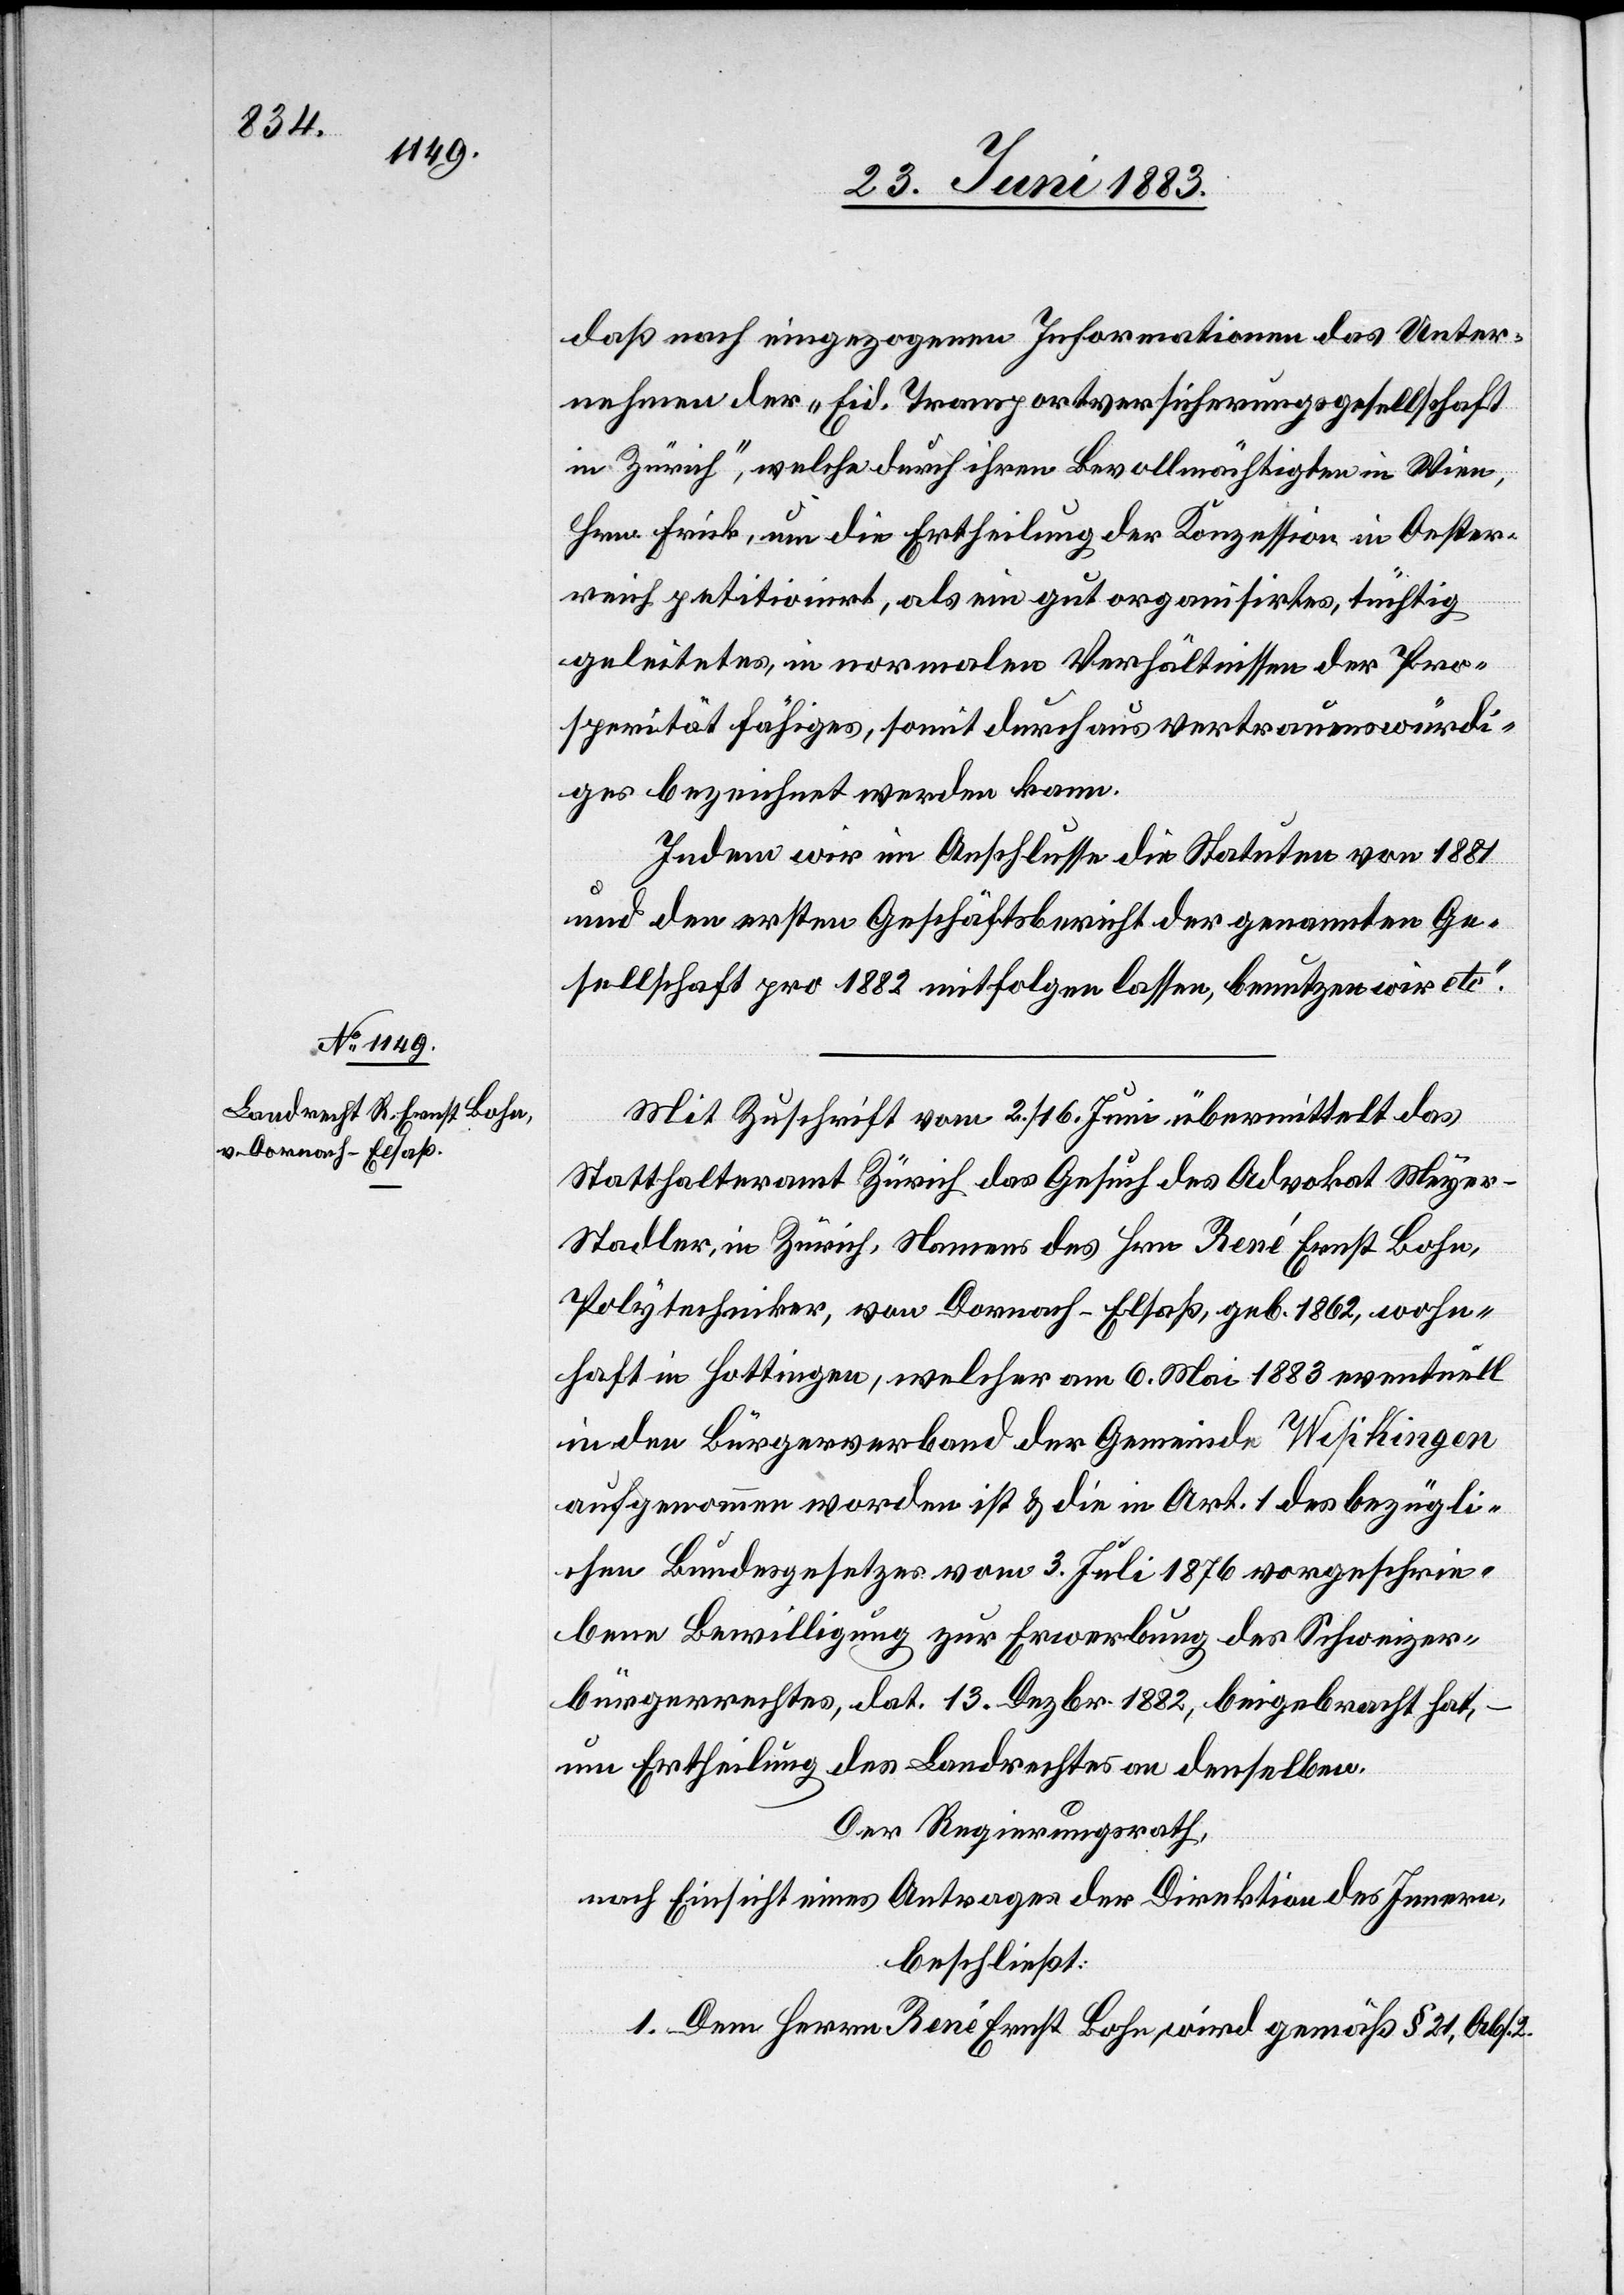
daß nach eingezogenen Informationen das Unter¬
nehmen der „Eid. Transportversicherungsgesellschaft
in Zürich“, welche durch ihren Bevollmächtigten in Wien,
Hrn. Frick, um die Ertheilung der Konzession in Oester¬
reich petitionirt, als ein gut organisirtes, tüchtig
geleitetes, in normalen Verhältnissen der Pro¬
sperität fähiges, soweit durchaus vertrauenswürdi¬
ges bezeichnet werden kann.
Indem wir im Anschlusse die Statuten von 1881
und den ersten Geschäftsbericht der genannten Ge¬
sellschaft pro 1882 mitfolgen lassen, benutzten wir etc.“
Mit Zuschrift vom 2./16. Juni übermittelt das
Statthalteramt Zürich das Gesuch des Advokat Meye¬
r-Stadler, in Zürich, Namens des Hrn. René Ernst Bohn,
Polytechniker, von Dornach - Elsaß, geb. 1862, wohn¬
haft in Hottingen, welcher am 6. Mai 1883 eventuell
in den Bürgerverband der Gemeinde Wipkingen
aufgenommen worden ist & die in Art. 1 des bezügli¬
chen Bundesgesetzes vom 3. Juli 1876 vorgeschrie¬
bene Bewilligung zur Erwerbung des Schweizer¬
bürgerrechtes, dat. 13. Dezbr. 1882, beigebracht hat,
um Ertheilung des Landrechtes an denselben.
Der Regierungsrath,
nach Einsicht eines Antrages der Direktion des Innern,
beschließt:
1. Dem Herrn René Ernst Bohn, wird gemäß § 21, Abs. 2.